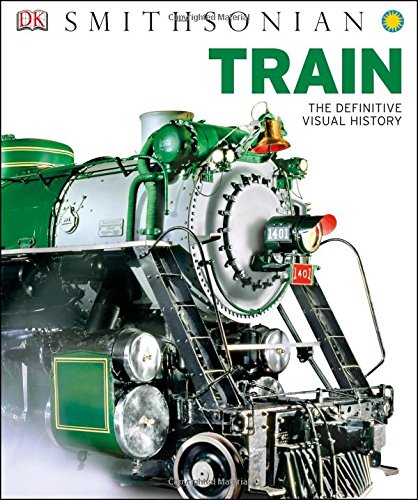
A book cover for Train: The Definitive Visual History (Dk Smithsonian); DK Publishing; Engineering & Transportation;